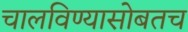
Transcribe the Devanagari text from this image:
चालविण्यासोबतच